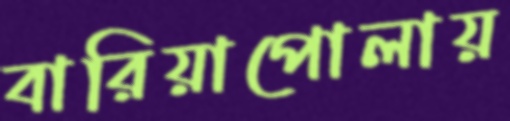
বারিয়াপোলায়